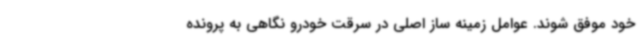
خود موفق شوند. عوامل زمینه ساز اصلی در سرقت خودرو نگاهی به پرونده